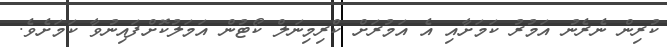
ކުރިން ނެރެނު އަމުރު ކަމަށާއި އެ އަމުރަށް ކްރިމިނަލް ކޯޓުން އަމަލުކޮށްފައިނުވާ ކަމަށެވެ.